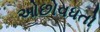
ઓછોવધતો